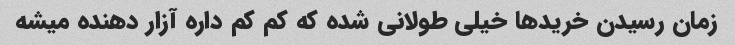
زمان رسیدن خریدها خیلی طولانی شده که کم کم داره آزار دهنده میشه